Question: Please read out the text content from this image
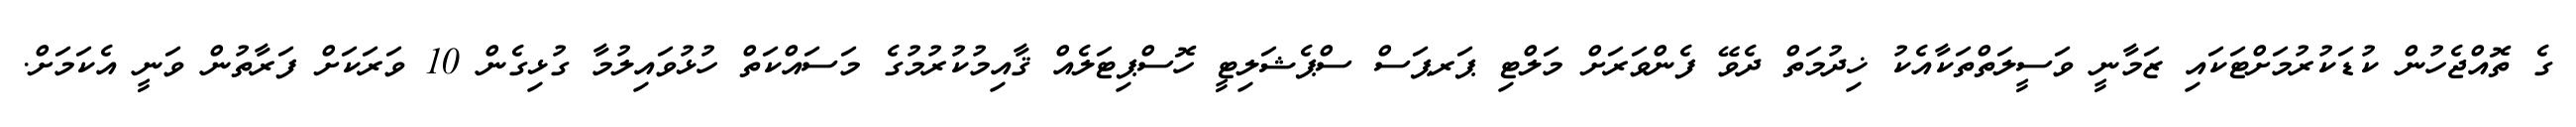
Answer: ގެ ތޮއްޖެހުން ކުޑަކުރުމަށްޓަކައި ޒަމާނީ ވަސީލަތްތަކާއެކު ޚިދުމަތް ދެވޭ ފެންވަރަށް މަލްޓި ޕަރޕަސް ސްޕެޝަލިޓީ ހޮސްޕިޓަލެއް ޤާއިމުކުރުމުގެ މަސައްކަތް ހުޅުވައިލުމާ ގުޅިގެން 10 ވަރަކަށް ފަރާތުން ވަނީ އެކަމަށް.